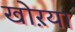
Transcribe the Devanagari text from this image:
खोऱया